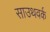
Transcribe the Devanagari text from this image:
साउथवर्क